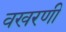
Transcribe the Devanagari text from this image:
वखरणी